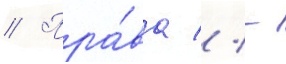
// Пра́ва // -